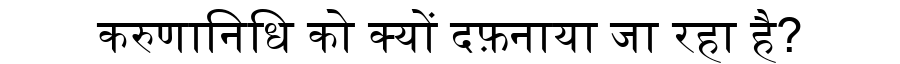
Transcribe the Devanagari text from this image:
करुणानिधि को क्यों दफ़नाया जा रहा है?